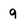
Character: 9